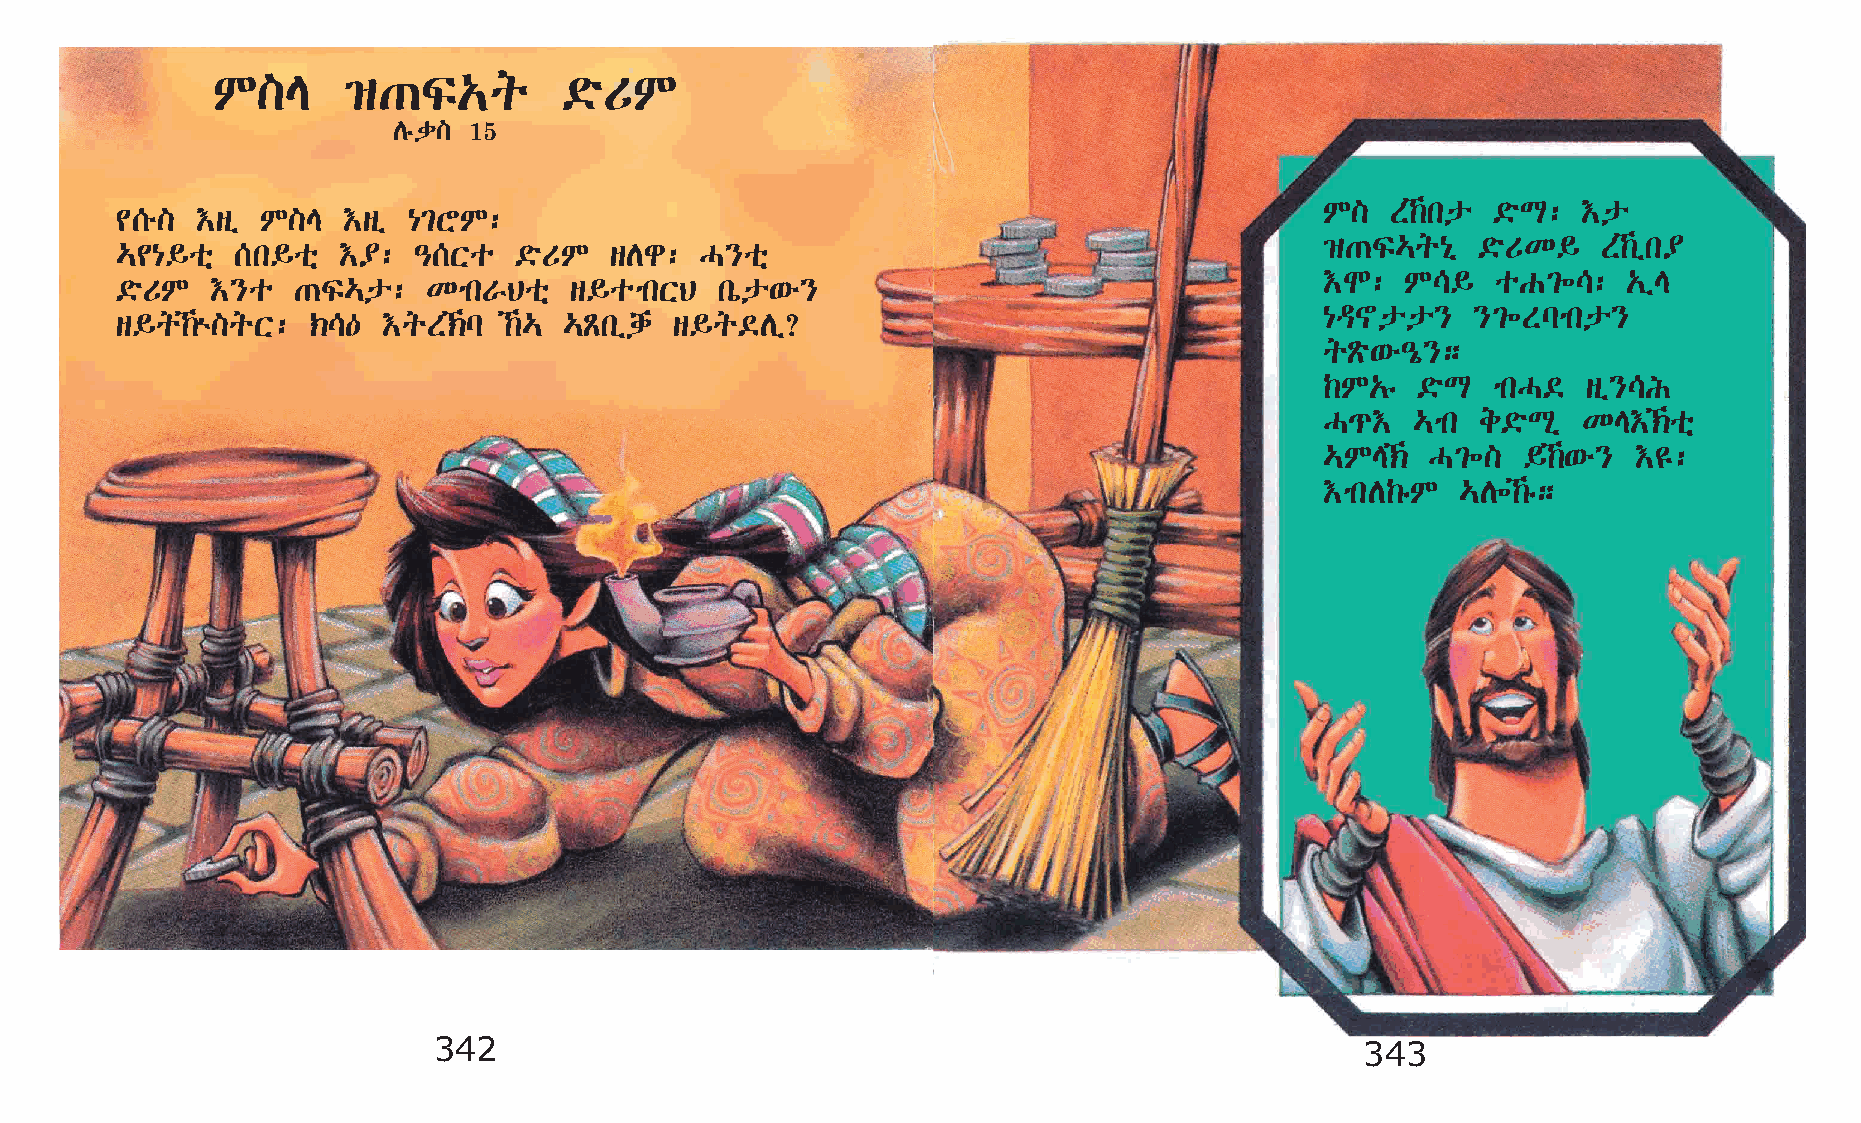
M]E      ›·Ï„q         ©öUM
 Dêd] 15
 M]  S‰kp  ©öL:  †p
 ¢[é] †sï M]E   †sï {²YM:
 ›·Ï…q{ð   ©öUK§   S‰ïk¥
 …¢{§oñ  [k§oñ †¥:  –[Xo   ©öUM  sDg:  H}oñ
 †N:  M\§   oG²÷\:   „ïE
 ©öUM  †}o  ·Ï…p:    KmkVBoñ   s§omkXB   kòp‘é}
 {ª~pp}    }²÷Slmkp}
 s§q‰ù]qX:  ‹\—  †qS‹l  ‰… …Ãkïdh  s§q©Dï?
 qÃö‘é–ó};
 ‰M„ê  ©öL  mkH©  sï}\I
 H¹†   …mk e©öLð  KE†‹oñ
 …ME‹  H²÷]  §‰‘é} †£:
 †mkD‰êM  …D÷‰ê;
 342                                                          343